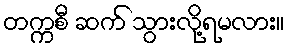
တက္ကစီ ဆက် သွားလို့ရမလား။